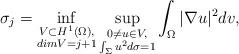
LaTeX: \begin{align*}\sigma_j=\inf_{\substack{V\subset H^1(\Omega),\\dim V=j+1}}\sup_{\substack{ 0\neq u\in V,\\ \int_\Sigma u^2d\sigma=1}}\int_\Omega |\nabla u|^2 dv,\end{align*}